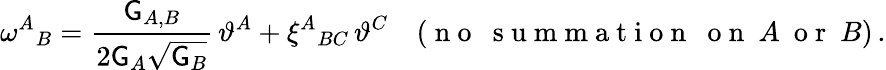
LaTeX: \omega^{A}{}_{B}=\frac{\mathsf{G}_{A,B}}{2\mathsf{G}_{A}\sqrt{\mathsf{G}_{B}}}\, \vartheta^{A}+\xi^{A}{}_{BC}\, \vartheta^{C}\quad(\mathrm{~n~o~~~s~u~m~m~a~t~i~o~n~~~o~n~}~A~\mathrm{~o~r~}~B)\, .